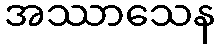
အဿာသေန